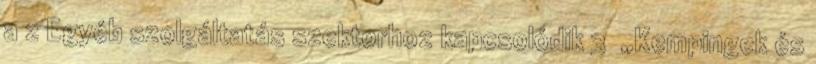
a z Egyéb szolgáltatás szektorhoz kapcsolódik 3 ▪„Kempingek és